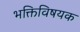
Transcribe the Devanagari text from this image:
भक्तिविषयक